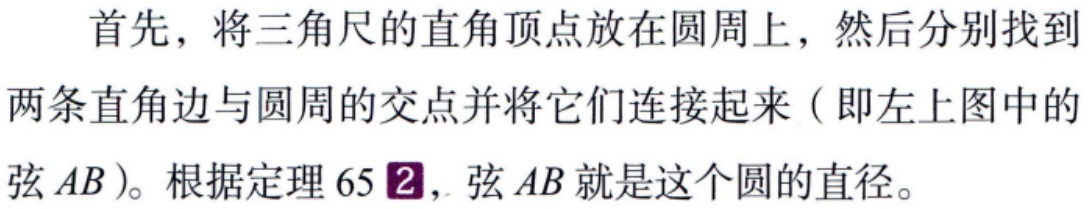
首先，将三角尺的直角顶点放在圆周上，然后分别找到两条直角边与圆周的交点并将它们连接起来（即左上图中的弦\(AB\)）。根据定理 65\textcircled{2}，弦\(AB\)就是这个圆的直径。